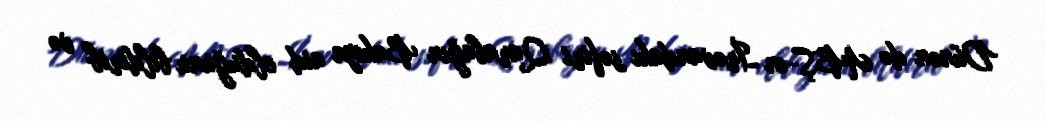
Dünən də ABŞ-ın İrəvandakı səfiri Qarabağın Bakıya aid olduğunu bildirib və